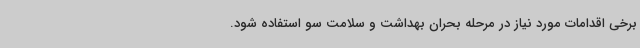
برخی اقدامات مورد نیاز در مرحله بحران بهداشت و سلامت سو استفاده شود.